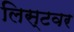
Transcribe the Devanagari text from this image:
लिस्टवर